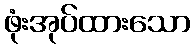
ဖုံးအုပ်ထားသော